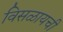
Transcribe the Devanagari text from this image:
विसळायची